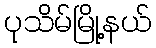
ပုသိမ်မြို့နယ်